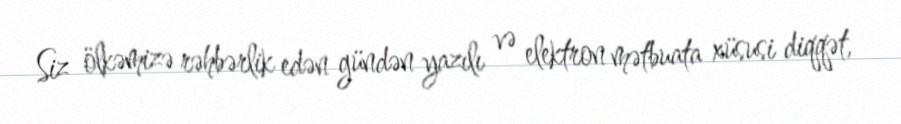
Siz ölkəmizə rəhbərlik edən gündən yazılı və elektron mətbuata xüsusi diqqət,